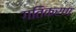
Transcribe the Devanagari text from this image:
गतिकरण